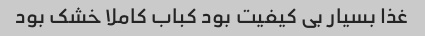
غذا بسیار بی کیفیت بود کباب کاملا خشک‌ بود